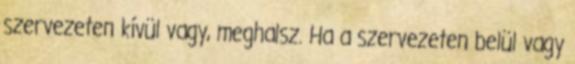
szervezeten kívül vagy, meghalsz. Ha a szervezeten belül vagy